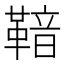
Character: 𮧡